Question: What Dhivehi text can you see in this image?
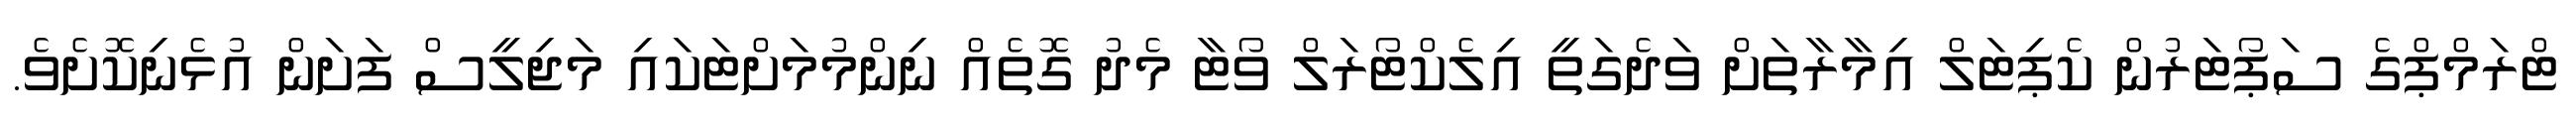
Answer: ޓްރަމްޕްގެ ސަޕޯޓަރުން ކެޕިޓަލް އިމާރާތަށް ވަދެގަތީ އިލެކްޓޯރަލް ވޯޓާ މެދު ގޮތެއް ނިންމުމަށްޓަކައި މަޖިލީސް ފަށަން އުޅެނިކޮށެވެ.